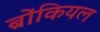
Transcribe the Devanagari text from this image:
ब्रोंकियल